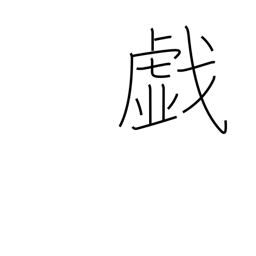
Meaning: frolic